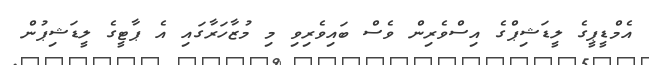
އެމްޑީޕީގެ ލީޑަޝިޕްގެ އިސްވެރިން ވެސް ބައިވެރިވި މި މުޒާހަރާގައި އެ ޕާޓީގެ ލީޑަޝިޕުން